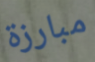
مبارزة